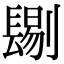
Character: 𨲞